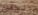
المقام